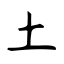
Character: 土